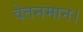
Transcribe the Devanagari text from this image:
वेतनमान।